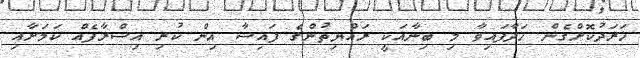
ޚަރަދުކޮށްގެން ހަދާފައިވާ މި ބިނާއަކީ ރައްޔިތުންގެ ފައިސާ އިން ކުރި އިސްރާފެއް ކަމަށާއި